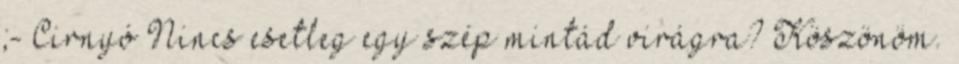
;- Cirnyó Nincs esetleg egy szép mintád virágra? Köszönöm.